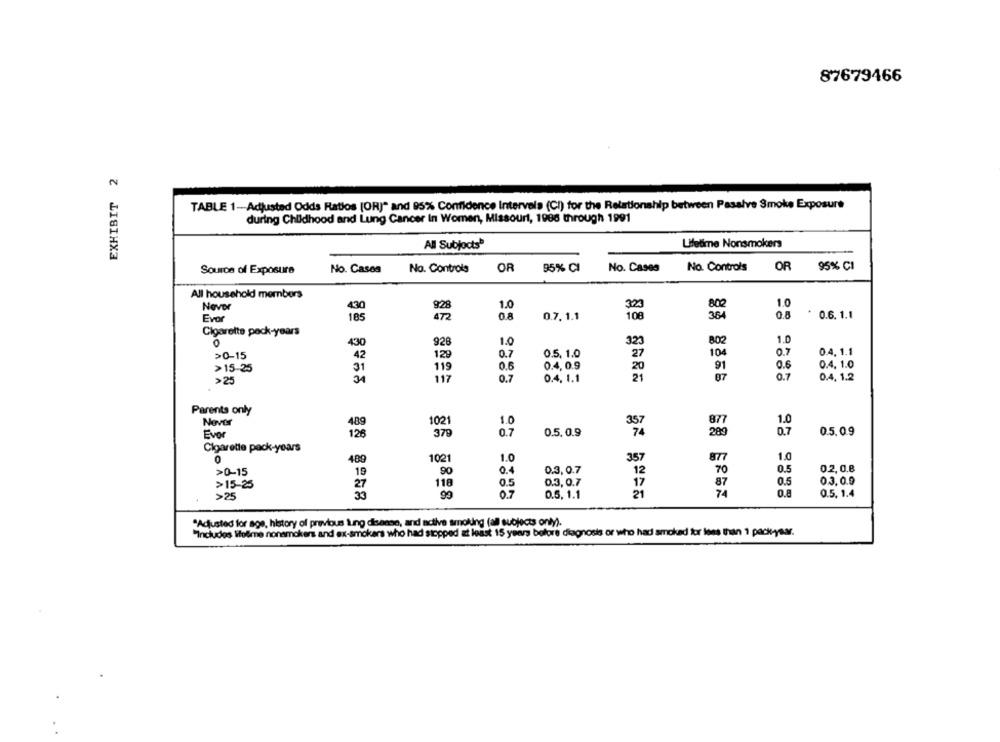
87679466
EXHIBIT 2
TABLE 1-Adjusted Odds Ratios (OR)" and 95% Confidence Intervals (CI) for the Relationship between Passive Smoke Exposure
during Childhood and Lung Cancer In Women, Missouri, 1986 through 1991
All Subjocts
Lifetime Nonsmokers
OR
95% CI
No. Cases
No. Controls
OR
95% CI
Source of Exposure
No. Cases
No. Controls
All household members
800
1.0
Never
430
1.0
Evor
185
0.8
0.7. 1.1
364
0.8
0.6. 1.1
Cigarette pack-years
0
430
928
1.0
323
802
1.0
>0-15
42
129
0.7
0.5. 1.0
27
104
0.7
0.4. 1.1
0.6
0.4. 1.0
>15-25
31
119
0.6
0.4, 0.9
91
31
117
0.7
0.4. 1.1
87
0.7
0.4. 1.2
>25
Parents only
Nover
489
1021
1.0
877
1.0
0.7
0.5.0.9
Evor
126
379
0.7
0.5. 0.9
289
Cigarette pack-years
0
400
1021
1.0
357
877
1.0
0.5
0.2, 0.8
>0-15
19
90
0.4
0.3,0.7
12
70
118
0.3,0.7
87
0.5
0.3.0.9
>15-25
27
0.5
17
>25
33
99
0.7
0.5, 1.1
21
0.8
0.5. 1.4
"Adjusted for age, history of previous Lung disease, and active smoking (all subjects only).
"Includes Volime nonsmokers and ex-smokers who had stopped at least 15 years before diagnosis or who had smoked for less than 1 pack-year.